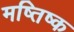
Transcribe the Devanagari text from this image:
मष्‍तिष्‍क